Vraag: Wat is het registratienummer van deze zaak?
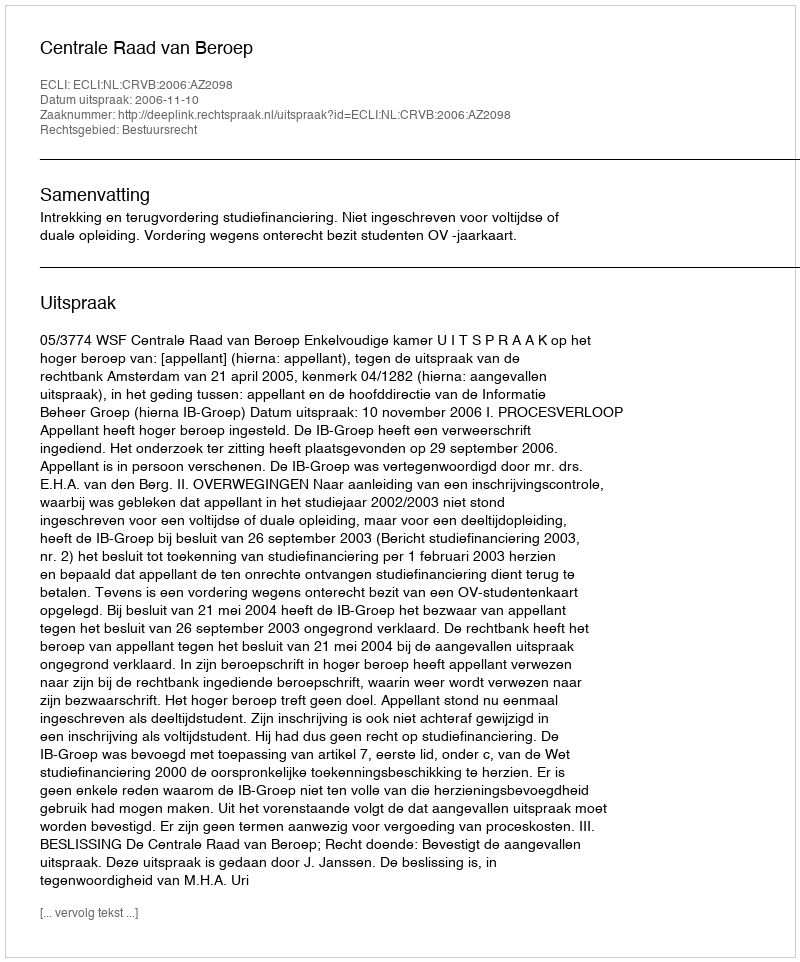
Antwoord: http://deeplink.rechtspraak.nl/uitspraak?id=ECLI:NL:CRVB:2006:AZ2098